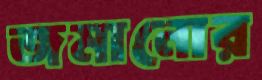
জমানোর